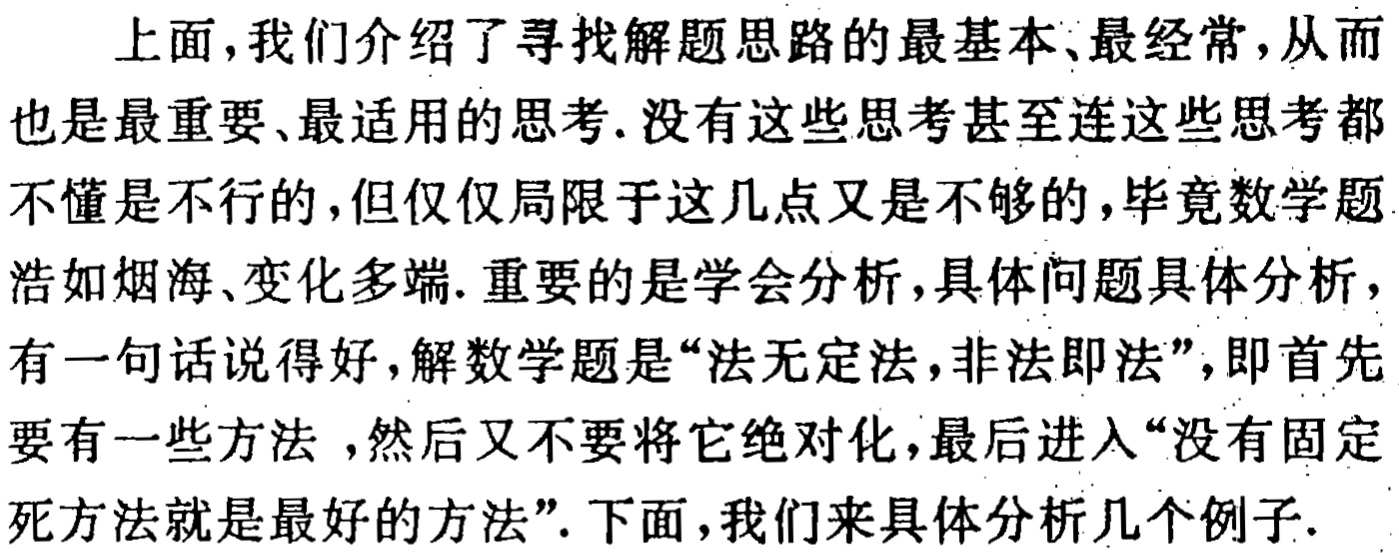
上面，我们介绍了寻找解题思路的最基本、最经常，从而也是最重要、最适用的思考. 没有这些思考甚至连这些思考都不懂是不行的，但仅仅局限于这几点又是不够的，毕竟数学题浩如烟海、变化多端. 重要的是学会分析，具体问题具体分析，有一句话说得好，解数学题是“法无定法，非法即法”，即首先要有一些方法 ，然后又不要将它绝对化，最后进入“没有固定死方法就是最好的方法”. 下面，我们来具体分析几个例子.